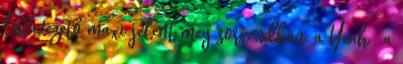
listavezető maxi jelent meg sorrendben: a Yeah , a